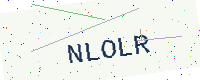
Text: NLOLR